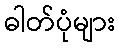
ဓါတ်ပုံများ